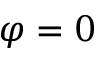
\varphi = 0